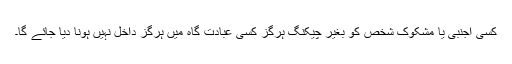
کسی اجنبی یا مشکوک شخص کو بغیر چیکنگ ہرگز کسی عبادت گاہ میں ہرگز داخل نہیں ہونا دیا جائے گا۔